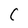
Character: C